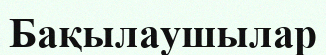
Бақылаушылар